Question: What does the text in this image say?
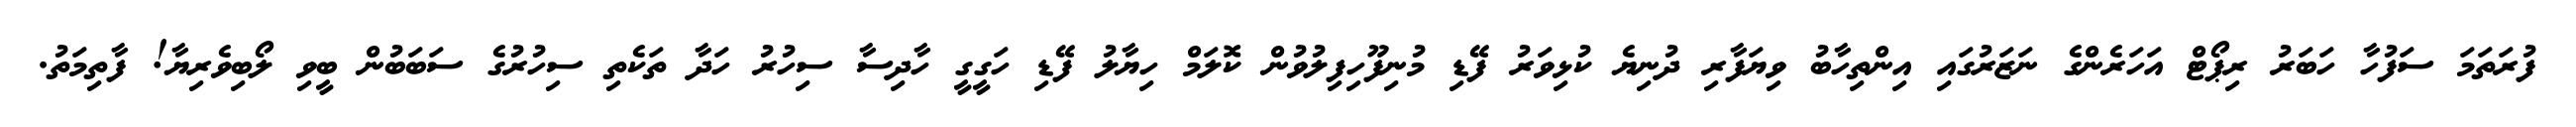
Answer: ފުރަތަމަ ސަފުހާ ހަބަރު ރިޕޯޓް އަހަރެންގެ ނަޒަރުގައި އިންތިހާބު ވިޔަފާރި ދުނިޔެ ކުޅިވަރު ފޭޑި މުނިފޫހިފިލުވުން ކޮލަމް ހިޔާލު ފޭޑި ހަގީގީ ހާދިސާ ސިހުރު ހަދާ ތަކެތި ސިހުރުގެ ސަބަބުން ބީވި ލޯބިވެރިޔާ! ފާތިމަތު.